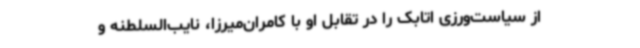
از سیاست‌ورزی اتابک را در تقابل او با کامران‌میرزا، نایب‌السلطنه و